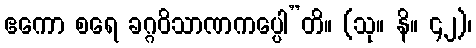
ဧကော စရေ ခဂ္ဂဝိသာဏကပ္ပေါ”တိ။ (သု။ နိ။ ၄၂)၊